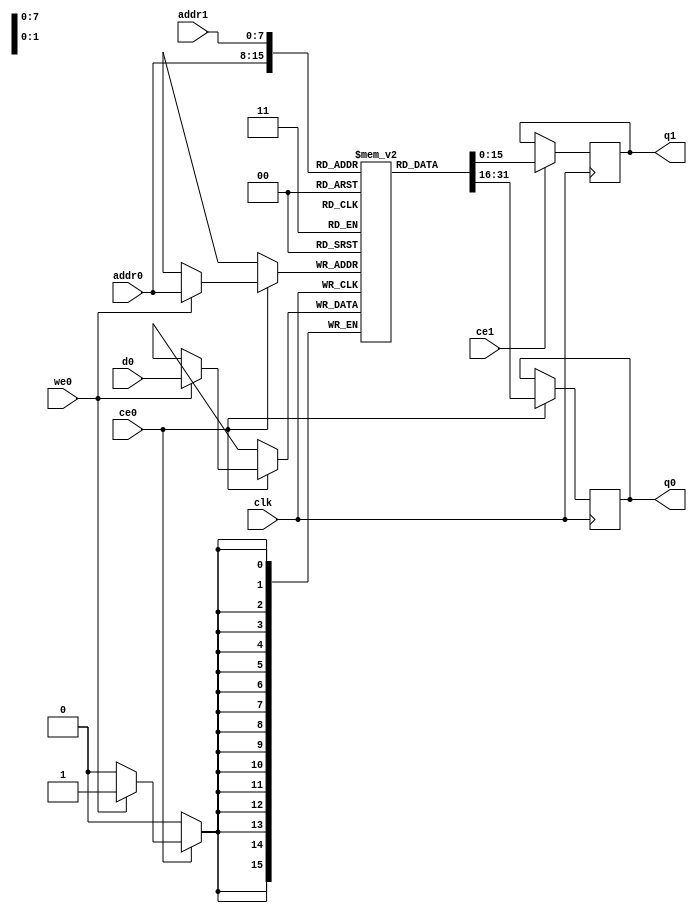
`define EXPONENT 5
`define MANTISSA 10
`define ACTUAL_MANTISSA 11
`define EXPONENT_LSB 10
`define EXPONENT_MSB 14
`define MANTISSA_LSB 0
`define MANTISSA_MSB 9
`define MANTISSA_MUL_SPLIT_LSB 3
`define MANTISSA_MUL_SPLIT_MSB 9
`define SIGN 1
`define SIGN_LOC 15
`define DWIDTH (`SIGN+`EXPONENT+`MANTISSA)
`define IEEE_COMPLIANCE 1

module td_fused_top_dataflow_in_loop_TOP_LOOP47956_products_0_0_memcore_ram (addr0, ce0, d0, we0, q0, addr1, ce1, q1,  clk);

parameter DWIDTH = 16;
parameter AWIDTH = 8;
parameter MEM_SIZE = 144;

input[AWIDTH-1:0] addr0;
input ce0;
input[DWIDTH-1:0] d0;
input we0;
output reg[DWIDTH-1:0] q0;
input[AWIDTH-1:0] addr1;
input ce1;
output reg[DWIDTH-1:0] q1;
input clk;

reg [DWIDTH-1:0] ram[MEM_SIZE-1:0];




always @(posedge clk)  
begin 
    if (ce0) begin
        if (we0) 
            ram[addr0] <= d0; 
        q0 <= ram[addr0];
    end
end


always @(posedge clk)  
begin 
    if (ce1) begin
        q1 <= ram[addr1];
    end
end


endmodule